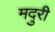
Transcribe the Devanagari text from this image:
मदुरी